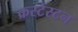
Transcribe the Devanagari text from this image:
क्रस्टेस्टन